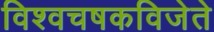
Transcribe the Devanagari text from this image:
विश्वचषकविजेते